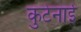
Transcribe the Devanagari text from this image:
कुटेनाई